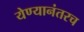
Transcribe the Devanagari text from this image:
येण्यानंतरच